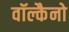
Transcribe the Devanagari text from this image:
वॉल्कैनो